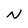
Character: N